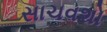
સાચવશો